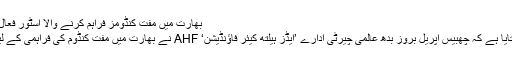
بھارت میں مفت کنڈومز فراہم کرنے والا اسٹور فعال | صحت | DW | 26.04.2017
خبر رساں ادارے اے ایف پی نے بتایا ہے کہ چھبیس اپریل بروز بدھ عالمی چیرٹی ادارے ’ایڈز ہیلتھ کیئر فاؤنڈیشن‘ AHF نے بھارت میں مفت کنڈوم کی فراہمی کے لیے ایک اسٹور کا افتتاح کر دیا ہے۔